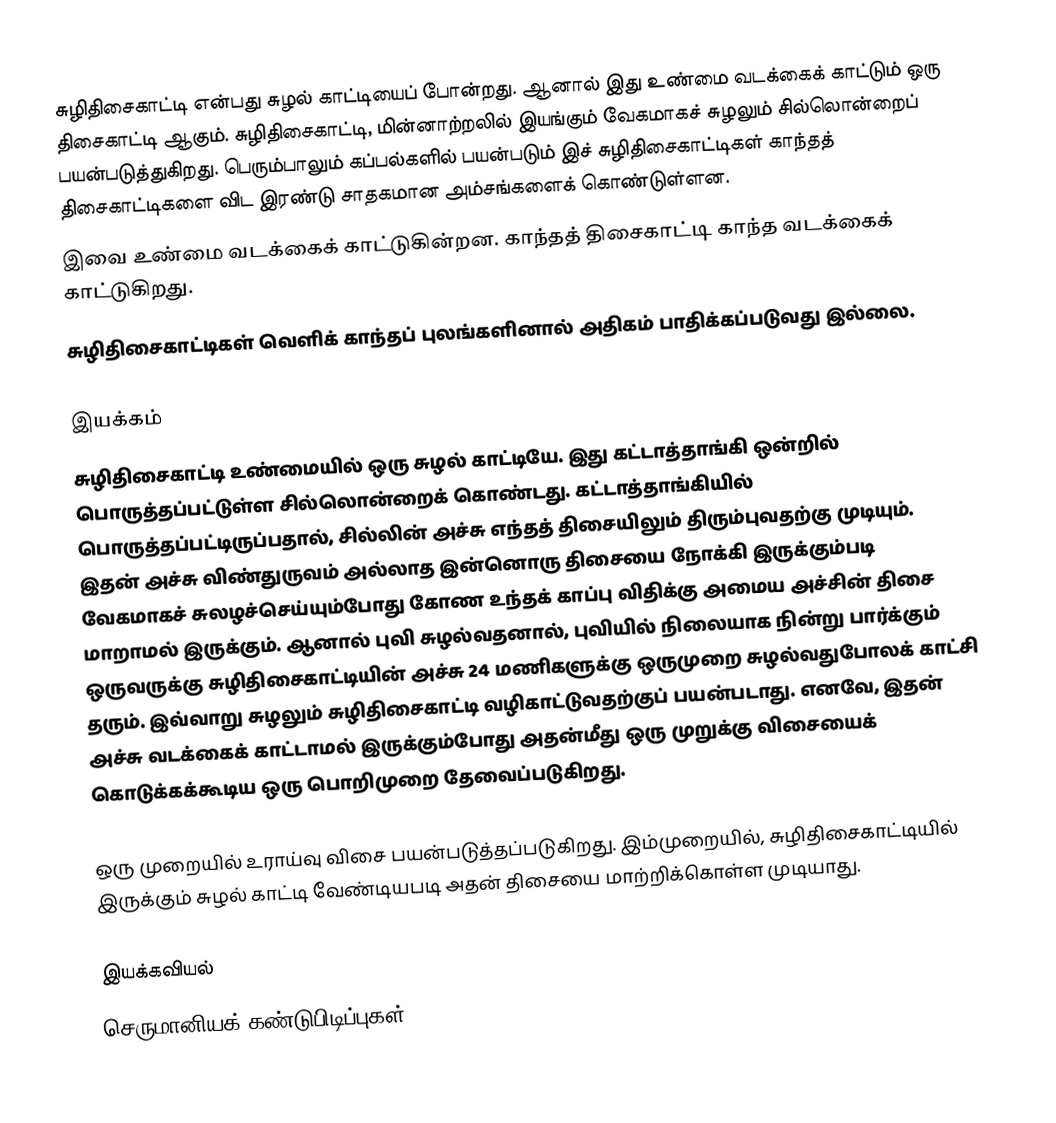
சுழிதிசைகாட்டி என்பது சுழல் காட்டியைப் போன்றது. ஆனால் இது உண்மை வடக்கைக் காட்டும் ஒரு திசைகாட்டி ஆகும். சுழிதிசைகாட்டி, மின்னாற்றலில் இயங்கும் வேகமாகச் சுழலும் சில்லொன்றைப் பயன்படுத்துகிறது. பெரும்பாலும் கப்பல்களில் பயன்படும் இச் சுழிதிசைகாட்டிகள் காந்தத் திசைகாட்டிகளை விட இரண்டு சாதகமான அம்சங்களைக் கொண்டுள்ளன.
 இவை உண்மை வடக்கைக் காட்டுகின்றன. காந்தத் திசைகாட்டி காந்த வடக்கைக் காட்டுகிறது.
 சுழிதிசைகாட்டிகள் வெளிக் காந்தப் புலங்களினால் அதிகம் பாதிக்கப்படுவது இல்லை.

இயக்கம்
சுழிதிசைகாட்டி உண்மையில் ஒரு சுழல் காட்டியே. இது கட்டாத்தாங்கி ஒன்றில் பொருத்தப்பட்டுள்ள சில்லொன்றைக் கொண்டது. கட்டாத்தாங்கியில் பொருத்தப்பட்டிருப்பதால், சில்லின் அச்சு எந்தத் திசையிலும் திரும்புவதற்கு முடியும். இதன் அச்சு விண்துருவம் அல்லாத இன்னொரு திசையை நோக்கி இருக்கும்படி வேகமாகச் சுலழச்செய்யும்போது கோண உந்தக் காப்பு விதிக்கு அமைய அச்சின் திசை மாறாமல் இருக்கும். ஆனால் புவி சுழல்வதனால், புவியில் நிலையாக நின்று பார்க்கும் ஒருவருக்கு சுழிதிசைகாட்டியின் அச்சு 24 மணிகளுக்கு ஒருமுறை சுழல்வதுபோலக் காட்சி தரும். இவ்வாறு சுழலும் சுழிதிசைகாட்டி வழிகாட்டுவதற்குப் பயன்படாது. எனவே, இதன் அச்சு வடக்கைக் காட்டாமல் இருக்கும்போது அதன்மீது ஒரு முறுக்கு விசையைக் கொடுக்கக்கூடிய ஒரு பொறிமுறை தேவைப்படுகிறது.

ஒரு முறையில் உராய்வு விசை பயன்படுத்தப்படுகிறது. இம்முறையில், சுழிதிசைகாட்டியில் இருக்கும் சுழல் காட்டி வேண்டியபடி அதன் திசையை மாற்றிக்கொள்ள முடியாது.

இயக்கவியல்
செருமானியக் கண்டுபிடிப்புகள்